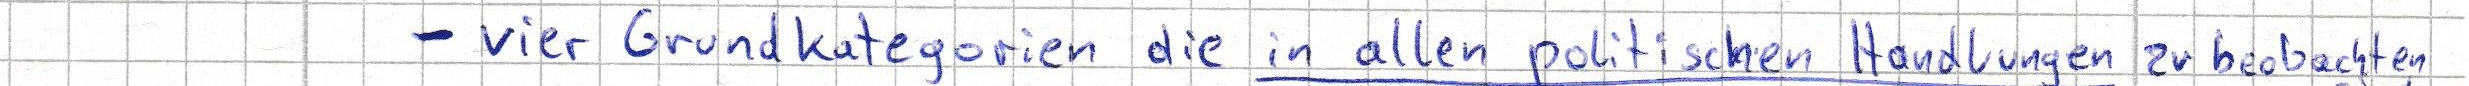
- vier Grundkategorien die in allen politischen Handlungen zu beobachten